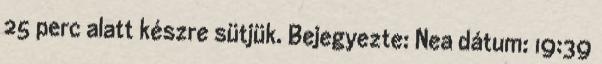
25 perc alatt készre sütjük. Bejegyezte: Nea dátum: 19:39